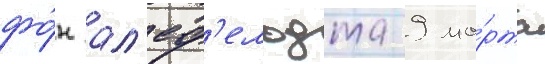
фо́н ал'еф'ельдта 9 ма́рта